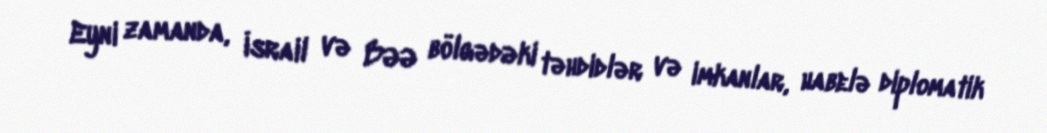
Eyni zamanda, İsrail və BƏƏ bölgədəki təhdidlər və imkanlar, habelə diplomatik